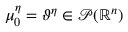
\mu _ { 0 } ^ { \eta } = \vartheta ^ { \eta } \in \mathcal { P } ( \mathbb { R } ^ { n } )